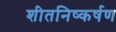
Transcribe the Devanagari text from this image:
शीतनिष्कर्षण